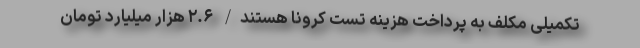
تکمیلی مکلف به پرداخت هزینه تست کرونا هستند/ ۲.۶ هزار میلیارد تومان